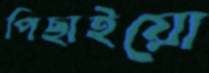
পিছাইয়ো